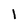
Character: 1